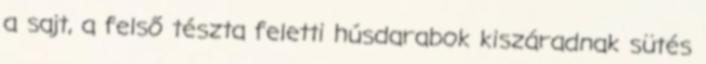
a sajt, a felső tészta feletti húsdarabok kiszáradnak sütés